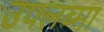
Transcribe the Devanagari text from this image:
उपलब्मा